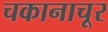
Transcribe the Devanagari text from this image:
चकानाचूर